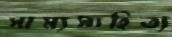
সাম্যসাহিত্য